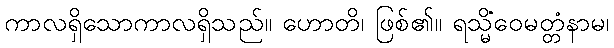
ကာလရှိသောကာလရှိသည်။ ဟောတိ၊ ဖြစ်၏။ ရသ္မိံဝေမတ္တံနာမ၊